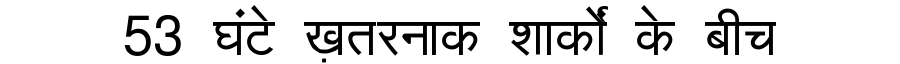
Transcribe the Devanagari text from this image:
53 घंटे ख़तरनाक शार्कों के बीच